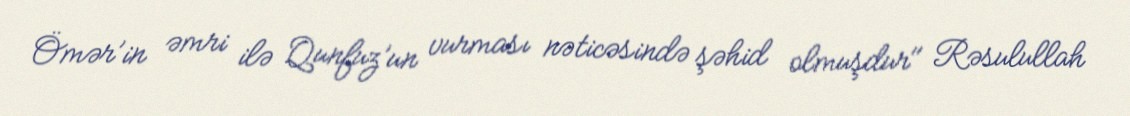
Ömər’in əmri ilə Qunfuz’un vurması nəticəsində şəhid olmuşdur" Rəsulullah